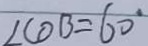
\angle C O B = 6 0 ^ { \circ }